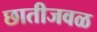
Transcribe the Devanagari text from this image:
छातीजवळ